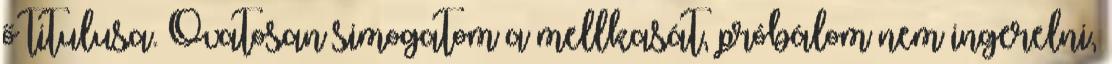
ő titulusa. Óvatosan simogatom a mellkasát, próbálom nem ingerelni,